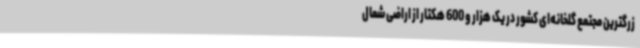
زرگترین مجتمع گلخانه‌ای کشور در یک هزار و 600 هکتار از اراضی شمال